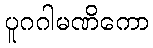
ပူဂဂါမဏိကော